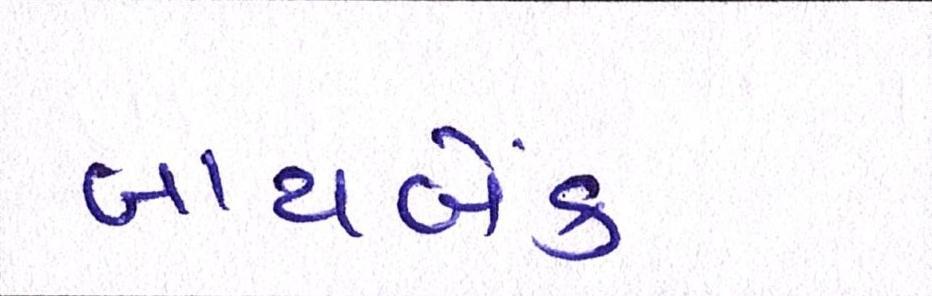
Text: બાયબેક